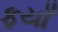
ફયાઁ